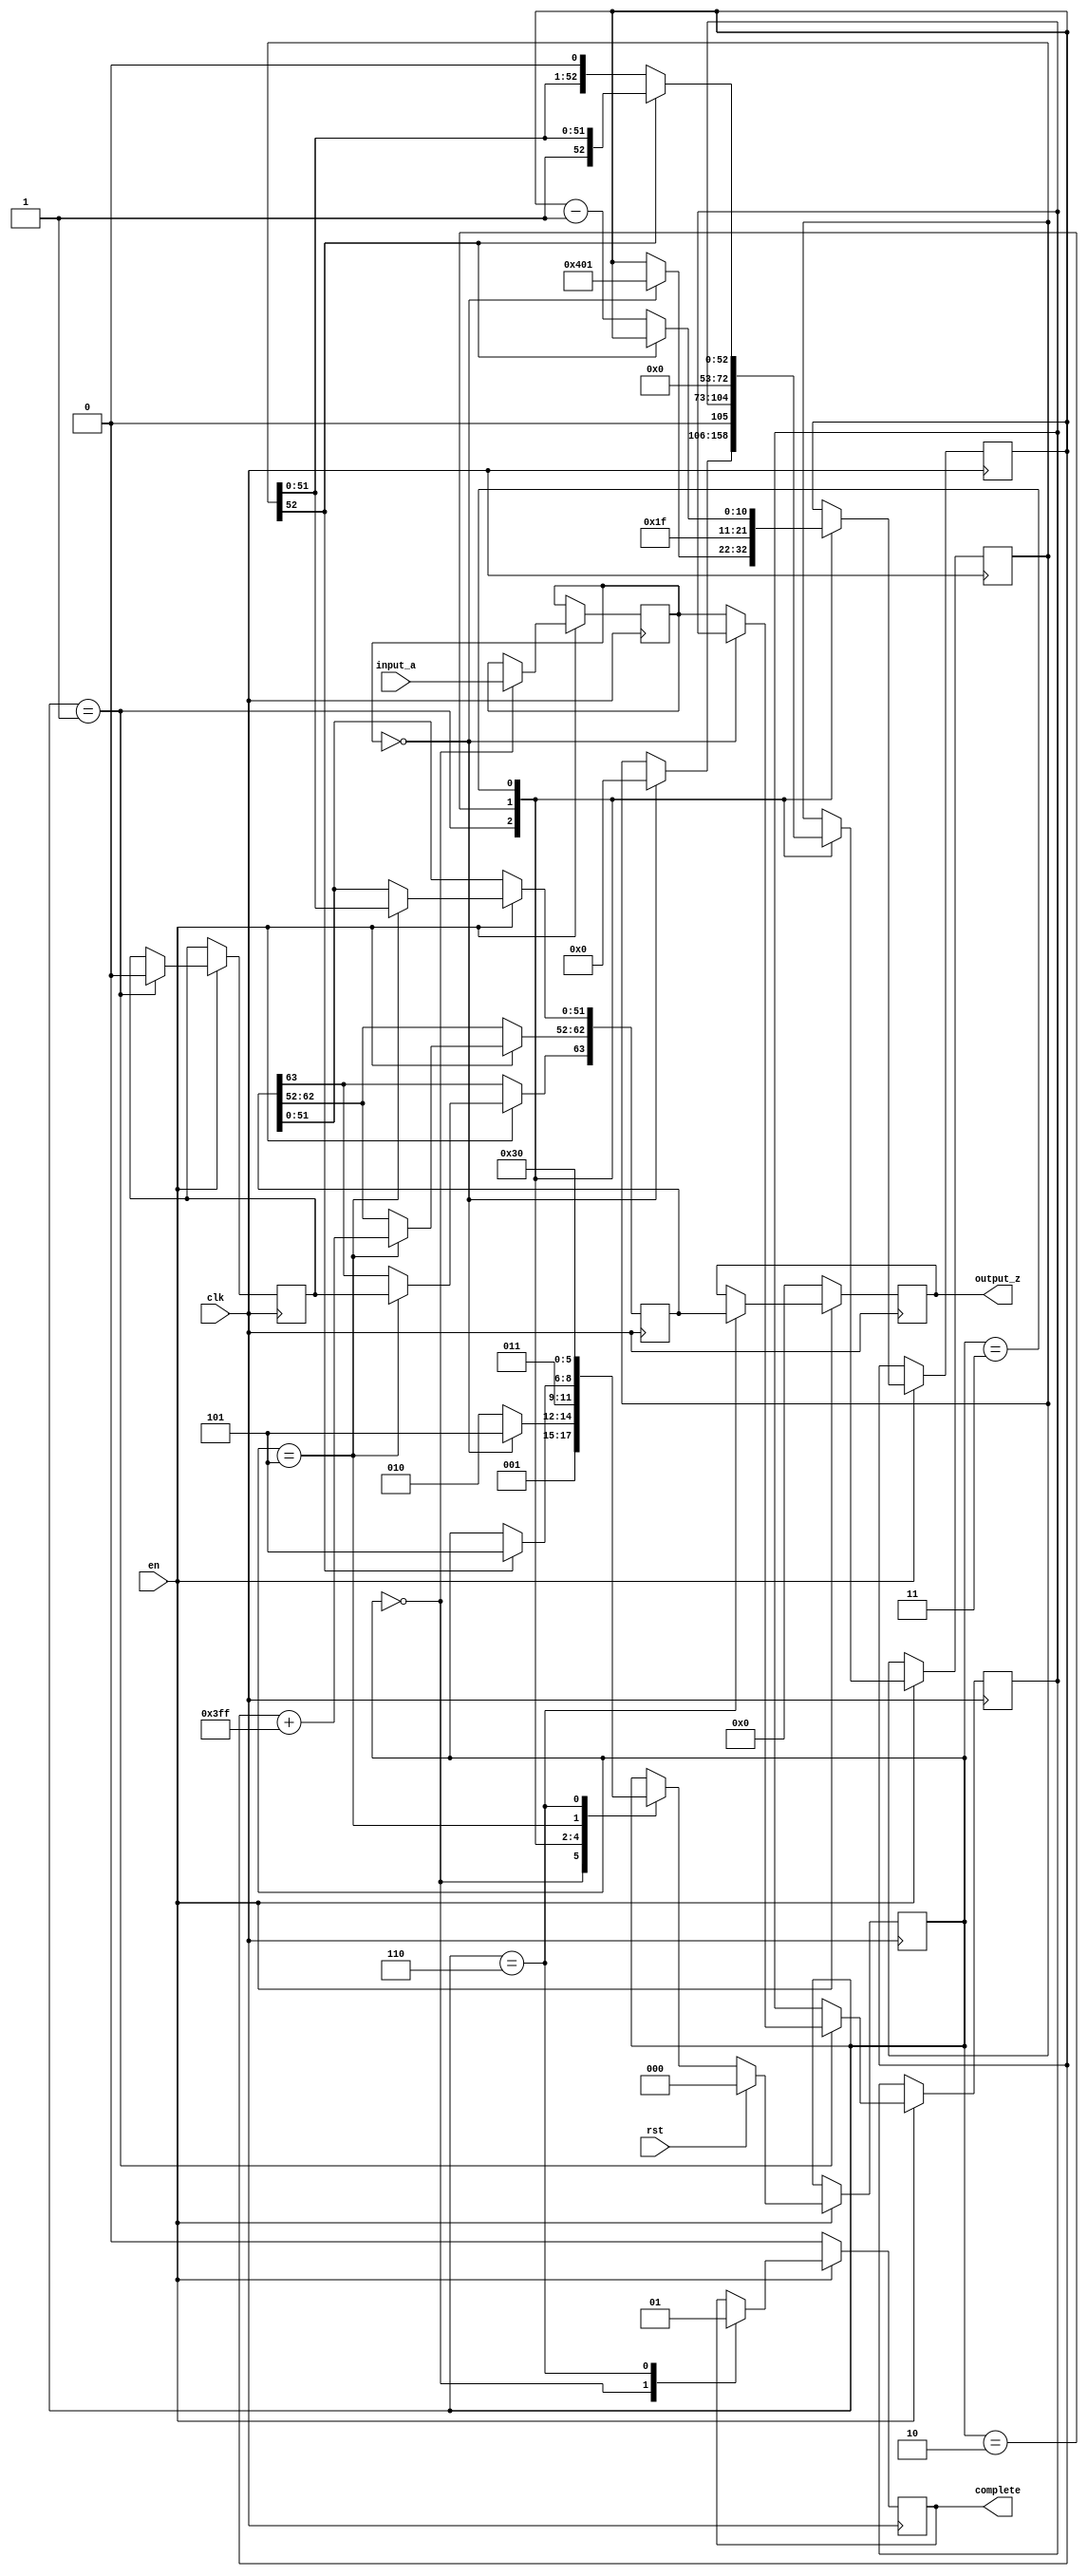
`timescale 1ns / 1ps
//////////////////////////////////////////////////////////////////////////////////
// Company: 
// Engineer: 
// 
// Design Name: 
// Module Name: unsinttodouble
// Project Name: 
// Target Devices: 
// Tool Versions: 
// Description: 
// 
// Dependencies: 
// 
// Revision:
// Revision 0.01 - File Created
// Additional Comments:
// 
//////////////////////////////////////////////////////////////////////////////////


module unsinttodouble(
        input_a,
        clk,
        rst,
        en,
		complete,
        output_z);

  input     clk;
  input     rst;
input en;
  input     [31:0] input_a;
  output    [63:0] output_z;
  output complete;
  reg       [63:0] s_output_z;
  reg	 s_complete;

   reg       [2:0] state;
  parameter get_a         = 3'd0,
            convert_0     = 3'd1,
            convert_1     = 3'd2,
            convert_2     = 3'd3,
            round         = 3'd4,
            pack          = 3'd5,
            put_z         = 3'd6;

   reg [31:0] a, value;
  reg [63:0] z;
  reg [52:0] z_m;
 // reg [7:0] z_r;
  reg [10:0] z_e;
  reg z_s;
  reg guard, round_bit, sticky;

  always @(posedge clk)
  begin
if(!en)
          begin
              s_output_z <= 0;
			    s_complete <= 0;
          end
       else
      begin
    case(state)

      get_a:
      begin
          a <= input_a;
		    s_complete <= 0;
          state <= convert_0;
      end

      convert_0:
      begin
	  //if a is zero 
        if ( a == 0 ) 
		begin
          z_s <= 0;
          z_m <= 0;
          z_e <= -1023;
          state <= pack;
        end 
		//if a<0,convert
		else begin
          value <= a;
          z_s <= 0;
          state <= convert_1;
        end
      end

      convert_1:
      begin
        z_e <= 31;
        z_m <= {value[31:0],20'b0};
        state <= convert_2;
      end

      convert_2:
      begin
        if (!z_m[52]) 
		begin
          z_e <= z_e - 1;
          z_m <= z_m << 1;
   
        end 
		else begin
  
          state <= pack;
        end
      end

     /* round:
      begin
        if (guard && (round_bit || sticky || z_m[0])) begin
          z_m <= z_m + 1;
          if (z_m == 24'hffffff) begin
            z_e <=z_e + 1;
          end
        end
        state <= pack;
      end
*/
      pack:
      begin
        z[51 : 0] <= z_m[51:0];
        z[62 : 52] <= z_e + 1023;
        z[63] <= z_s;
        state <= put_z;
      end

      put_z:
       begin
          s_output_z <= z;   
		  s_complete <= 1;
          state <= get_a;
      end

    endcase

    if (rst == 1) begin
      state <= get_a;
       end

  end
 end
  assign output_z = s_output_z;
   assign complete = s_complete;

endmodule